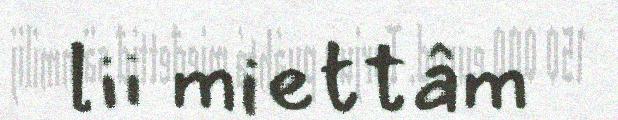
lii miettâm